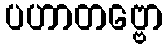
ပဟာတဗ္ဗော